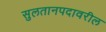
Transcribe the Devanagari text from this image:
सुलतानपदावरील